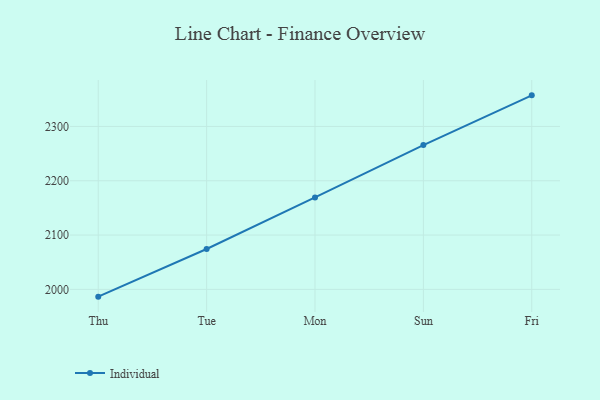
{"axis": {"x": "Day", "y": "Humidity (%)"}, "legend": ["Individual"], "data": [{"x": "Thu", "y": 1986.6, "type": "Individual"}, {"x": "Tue", "y": 2074.3, "type": "Individual"}, {"x": "Mon", "y": 2169.2, "type": "Individual"}, {"x": "Sun", "y": 2265.7, "type": "Individual"}, {"x": "Fri", "y": 2357.2, "type": "Individual"}]}